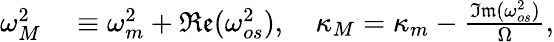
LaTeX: \begin{array}{rl}{\omega_{M}^{2}}&{{}\equiv\omega_{m}^{2}+\mathfrak{Re}(\omega_{os}^{2}),\quad\kappa_{M}=\kappa_{m}-\frac{\mathfrak{Im}(\omega_{os}^{2})}{\Omega},}\end{array}